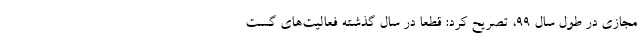
مجازی در طول سال 99، تصریح کرد: قطعاً در سال گذشته فعالیت‌های گست